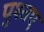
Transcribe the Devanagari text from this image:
पुश्तए